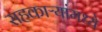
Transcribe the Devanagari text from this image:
सहकाऱ्यांमध्ये